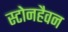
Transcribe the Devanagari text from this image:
स्टोनहैवन